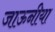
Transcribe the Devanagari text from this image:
जाऊनीया